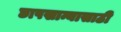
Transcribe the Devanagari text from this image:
छापखान्यासाठी